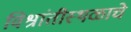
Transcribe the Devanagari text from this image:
विश्रांतीस्थळाचे